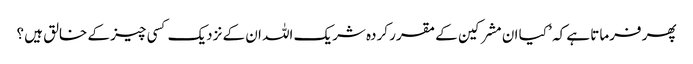
پھر فرماتا ہے کہ ’ کیا ان مشرکین کے مقرر کردہ شریک اللہ ان کے نزدیک کسی چیز کے خالق ہیں ؟